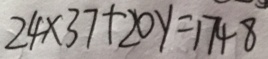
2 4 \times 3 7 + 2 0 y = 1 7 4 8